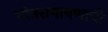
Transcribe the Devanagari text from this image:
गीतरामायणाची